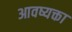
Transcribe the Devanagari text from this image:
आवष्यक्ता